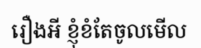
រឿងអី ខ្ញុំខំតែចូលមើល